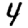
Digit: 4